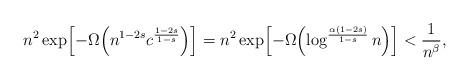
LaTeX: \begin{align*} n^2\exp\Bigl[-\Omega\Bigl(n^{1-2s}c^{ \frac{1-2s}{1-s}}\Bigr)\Bigr]= n^2\exp\Bigl[-\Omega\Bigl(\log^{ \frac{\alpha(1-2s)}{1-s}}n\Bigr)\Bigr]< \frac{1}{n^\beta},\end{align*}